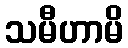
သမီဟာမိ